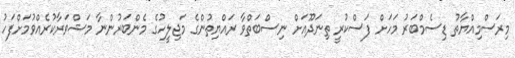
މިރަސްމިއްޔާތު ޑިސެމްބަރު މަހަށް ފަސްކުރީ ތިނަދޫއަށް ނިސްބަތްވާ ރައްޔިތުންގެ މަޖިލީހުގެ މެންބަރުންނާ މަޝްވަރާކުރެއްވުމަށްފަހު